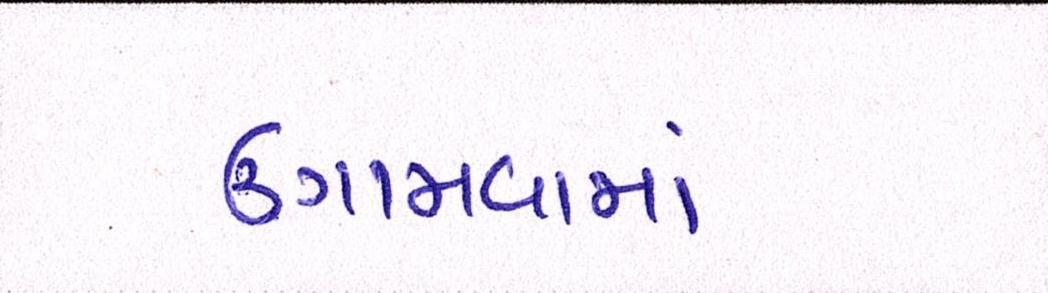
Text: ઉગામવામાં